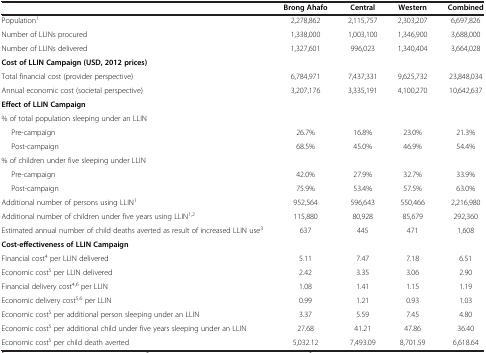
|  | Brong Ahafo | Central | Western | Combined |
 | --- | --- | --- | --- | --- |
 | Population1 | 2,278,862 | 2,115,757 | 2,303,207 | 6,697,826 |
 | Number of LLINs procured | 1,338,000 | 1,003,100 | 1,346,900 | 3,688,000 |
 | Number of LLINs delivered | 1,327,601 | 996,023 | 1,340,404 | 3,664,028 |
 | <COLSPAN=5> Cost of LLIN Campaign (USD, 2012 prices) |
 | Total financial cost (provider perspective) | 6,784,971 | 7,437,331 | 9,625,732 | 23,848,034 |
 | Annual economic cost (societal perspective) | 3,207,176 | 3,335,191 | 4,100,270 | 10,642,637 |
 | <COLSPAN=5> Effect of LLIN Campaign |
 | <COLSPAN=5> % of total population sleeping under an LLIN |
 | Pre-campaign | 26.7% | 16.8% | 23.0% | 21.3% |
 | Post-campaign | 68.5% | 45.0% | 46.9% | 54.4% |
 | <COLSPAN=5> % of children under five sleeping under LLIN |
 | Pre-campaign | 42.0% | 27.9% | 32.7% | 33.9% |
 | Post-campaign | 75.9% | 53.4% | 57.5% | 63.0% |
 | Additional number of persons using LLIN1 | 952,564 | 596,643 | 550,466 | 2,216,980 |
 | Additional number of children under five years using LLIN1,2 | 115,880 | 80,928 | 85,679 | 292,360 |
 | Estimated annual number of child deaths averted as result of increased LLIN use3 | 637 | 445 | 471 | 1,608 |
 | <COLSPAN=5> Cost-effectiveness of LLIN Campaign |
 | Financial cost4 per LLIN delivered | 5.11 | 7.47 | 7.18 | 6.51 |
 | Economic cost5 per LLIN delivered | 2.42 | 3.35 | 3.06 | 2.90 |
 | Financial delivery cost4,6 per LLIN | 1.08 | 1.41 | 1.15 | 1.19 |
 | Economic delivery cost5,6 per LLIN | 0.99 | 1.21 | 0.93 | 1.03 |
 | Economic cost5 per additional person sleeping under an LLIN | 3.37 | 5.59 | 7.45 | 4.80 |
 | Economic cost5 per additional child under five years sleeping under an LLIN | 27.68 | 41.21 | 47.86 | 36.40 |
 | Economic cost5 per child death averted | 5,032.12 | 7,493.09 | 8,701.59 | 6,618.64 |